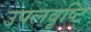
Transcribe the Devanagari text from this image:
उपलवृष्टि